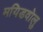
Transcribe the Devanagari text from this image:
मयिडवोलु